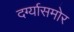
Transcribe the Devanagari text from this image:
दर्ग्यासमोर